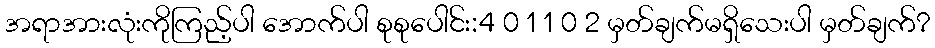
အရာအားလုံးကိုကြည့်ပါ အောက်ပါ စုစုပေါင်း:4 0 1 1 0 2 မှတ်ချက်မရှိသေးပါ မှတ်ချက်?